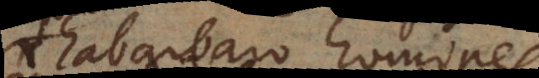
rhabarbaro homines